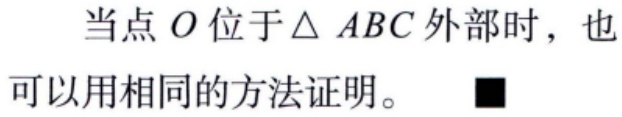
当点 \(O\) 位于\(\triangle ABC\)外部时，也可以用相同的方法证明。\(\blacksquare\)